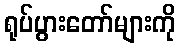
ရုပ်ပွားတော်များကို